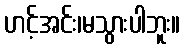
ဟင့်အင်း၊မသွားပါဘူး။